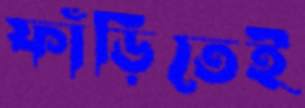
ফাঁড়িতেই